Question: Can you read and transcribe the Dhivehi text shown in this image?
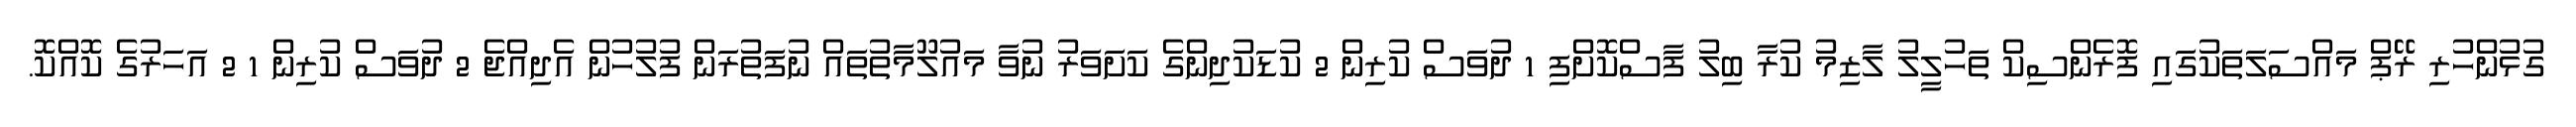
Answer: ގުޅުންހުރި ރޭޕް މައްސަލަތަކުގައި ފޮރެންސިކް ތަހުލީލު ލާޒިމު ކުރާ ބިލު ފާސްކޮށްފި 1 ދުވަސް ކުރިން 2 ކުޑަކުދިންގެ ކަށަވަރު ނުވާ މައުލޫމާތުތައް ނުފަތުރަން ފުލުހުން އެދިއްޖެ 2 ދުވަސް ކުރިން 1 2 އަހަރުގެ ކޮއްކޮ.